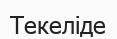
Текеліде